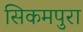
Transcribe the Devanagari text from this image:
सिकमपुरा